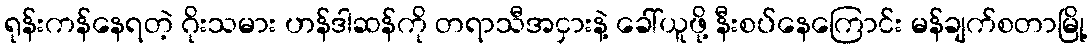
ရုန်းကန်နေရတဲ့ ဂိုးသမား ဟန်ဒါဆန်ကို တရာသီအငှားနဲ့ ခေါ်ယူဖို့ နီးစပ်နေကြောင်း မန်ချက်စတာမြို့